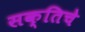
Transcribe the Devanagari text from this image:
सक्तिचे